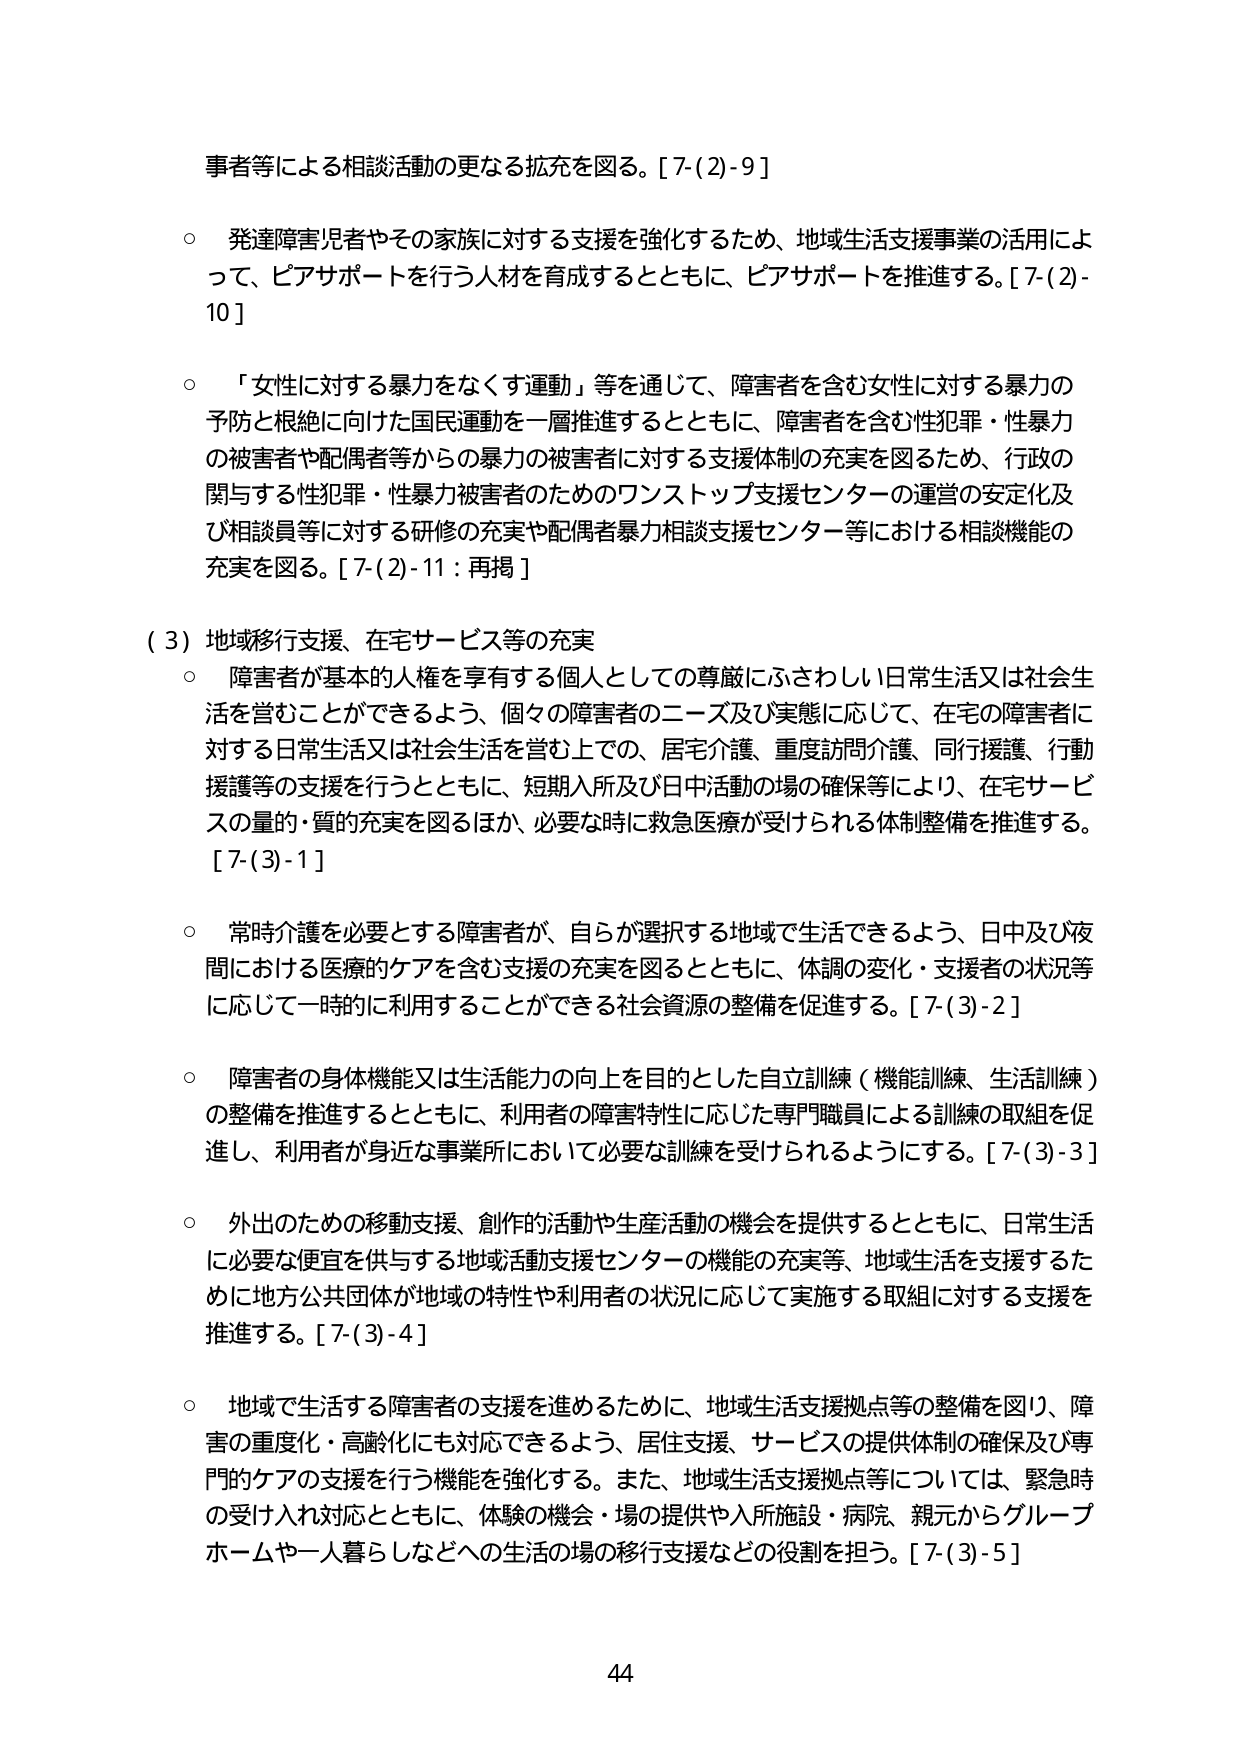
事者等による相談活動の更なる拡充を図る。[7-(2)-9]

○ 発達障害児者やその家族に対する支援を強化するため、地域生活支援事業の活用によって、ピアサポートを行う人材を育成するとともに、ピアサポートを推進する。[7-(2)-10]

○ 「女性に対する暴力をなくす運動」等を通じて、障害者を含む女性に対する暴力の予防と根絶に向けた国民運動を一層推進するとともに、障害者を含む性犯罪・性暴力の被害者や配偶者等からの暴力の被害者に対する支援体制の充実を図るため、行政の関与する性犯罪・性暴力被害者のためのワンストップ支援センターの運営の安定化及び相談員等に対する研修の充実や配偶者暴力相談支援センター等における相談機能の充実を図る。[7-(2)-11：再掲]

（3）地域移行支援、在宅サービス等の充実

○ 障害者が基本的人権を享有する個人としての尊厳にふさわしい日常生活又は社会生活を営むことができるよう、個々の障害者のニーズ及び実態に応じて、在宅の障害者に対する日常生活又は社会生活を営む上での、居宅介護、重度訪問介護、同行援護、行動援護等の支援を行うとともに、短期入所及び日中活動の場の確保等により、在宅サービスの量的・質的充実を図るほか、必要な時に救急医療が受けられる体制整備を推進する。[7-(3)-1]

○ 常時介護を必要とする障害者が、自らが選択する地域で生活できるよう、日中及び夜間における医療的ケアを含む支援の充実を図るとともに、体調の変化・支援者の状況等に応じて一時的に利用することができる社会資源の整備を促進する。[7-(3)-2]

○ 障害者の身体機能又は生活能力の向上を目的とした自立訓練（機能訓練、生活訓練）の整備を推進するとともに、利用者の障害特性に応じた専門職員による訓練の取組を促進し、利用者が身近な事業所において必要な訓練を受けられるようにする。[7-(3)-3]

○ 外出のための移動支援、創作的活動や生産活動の機会を提供するとともに、日常生活に必要な便宜を供与する地域活動支援センターの機能の充実等、地域生活を支援するために地方公共団体が地域の特性や利用者の状況に応じて実施する取組に対する支援を推進する。[7-(3)-4]

○ 地域で生活する障害者の支援を進めるために、地域生活支援拠点等の整備を図り、障害の重度化・高齢化にも対応できるよう、居住支援、サービスの提供体制の確保及び専門的ケアの支援を行う機能を強化する。また、地域生活支援拠点等については、緊急時の受け入れ対応とともに、体験の機会・場の提供や入所施設・病院、親元からグループホームや一人暮らしなどへの生活の場の移行支援などの役割を担う。[7-(3)-5]

44